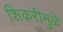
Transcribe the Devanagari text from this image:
शिकरीमुळे